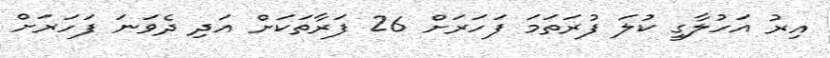
އިރު އަހުލާގީ ކުލަ ފުރަތަމަ ފަހަރަށް 26 ފަރާތަކަށް އަދި ދެވަނަ ފަހަރަށް